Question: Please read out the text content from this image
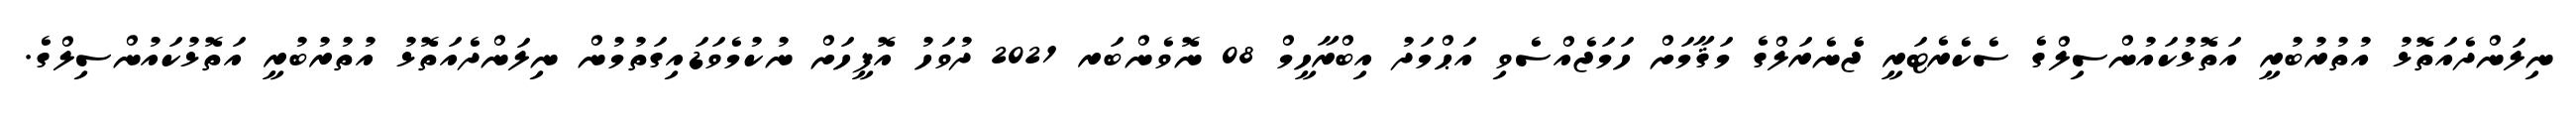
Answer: ނިލަންދެއަތޮޅު އުތުރުބުރީ އަތޮޅުކައުންސިލްގެ ސެކެރެޓަރީ ޖެެނެރަލްގެ މަޤާމަށް ހަމަޖެއްސެވި އަޙްމަދު އިބްރާހީމް 08 ނޮވެންބަރ 2021 ދުވަހު އޮފީހަށް ނުކުމެވަޑައިގަތުމުން ނިލަންދެއަތޮޅު އުތުރުބުރީ އަތޮޅުކައުންސިލްގެ.